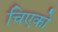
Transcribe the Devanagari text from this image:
चिएको